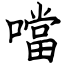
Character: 噹